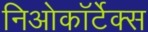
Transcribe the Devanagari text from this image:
निओकॉर्टेक्स